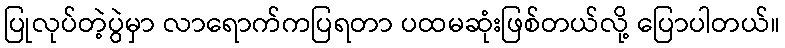
ပြုလုပ်တဲ့ပွဲမှာ လာရောက်ကပြရတာ ပထမဆုံးဖြစ်တယ်လို့ ပြောပါတယ်။